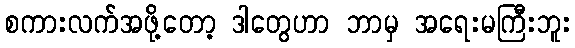
စကားလက်အဖို့တော့ ဒါတွေဟာ ဘာမှ အရေးမကြီးဘူး